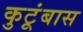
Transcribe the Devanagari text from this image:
कुटूंबास